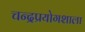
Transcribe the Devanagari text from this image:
चन्द्रप्रयोगशाला